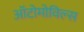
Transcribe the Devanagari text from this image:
ऑटोमोविल्स